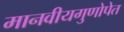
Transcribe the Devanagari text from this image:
मानवीयगुणोपेत